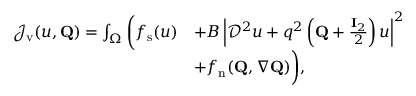
\begin{array} { r l } { \mathcal { J } _ { \mathrm { v } } ( u , \mathbf { Q } ) = \int _ { \Omega } \bigg ( f _ { \mathrm { s } } ( u ) } & { + B \left| \mathcal { D } ^ { 2 } u + q ^ { 2 } \left( \mathbf { Q } + \frac { \mathbf { I } _ { 2 } } { 2 } \right) u \right| ^ { 2 } \! \! \! \! \! \! \! \! } \\ & { + f _ { \mathrm { n } } ( \mathbf { Q } , \nabla \mathbf { Q } ) \bigg ) , \! \! \! \! \! \! \! \! } \end{array}